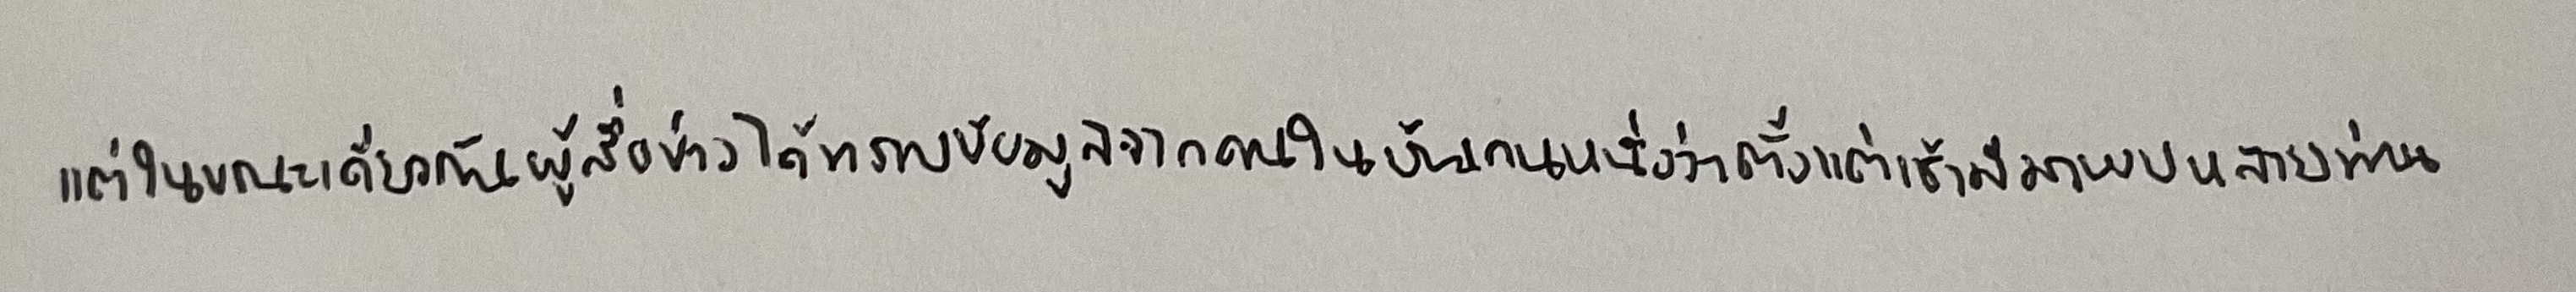
แต่ในขณะเดียวกันผู้สื่อข่าวได้ทราบข้อมูลจากคนในบ้านคนหนึ่งว่าตั้งแต่เช้ามีมาพบหลายท่าน